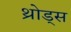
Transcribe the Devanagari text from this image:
थ्रोड्स